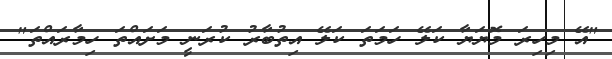
"އޭ މިހިރަ މޮޔަޔާ ކަލޭ ހަމަތަ ކަލޭ އިތުބާރު ކުރަނީ މަށައްތަ ހިމާރައްތަ"